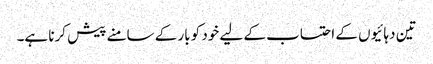
تین دہائیوں کے احتساب کے لیے خود کو بار کے سامنے پیش کرنا ہے۔